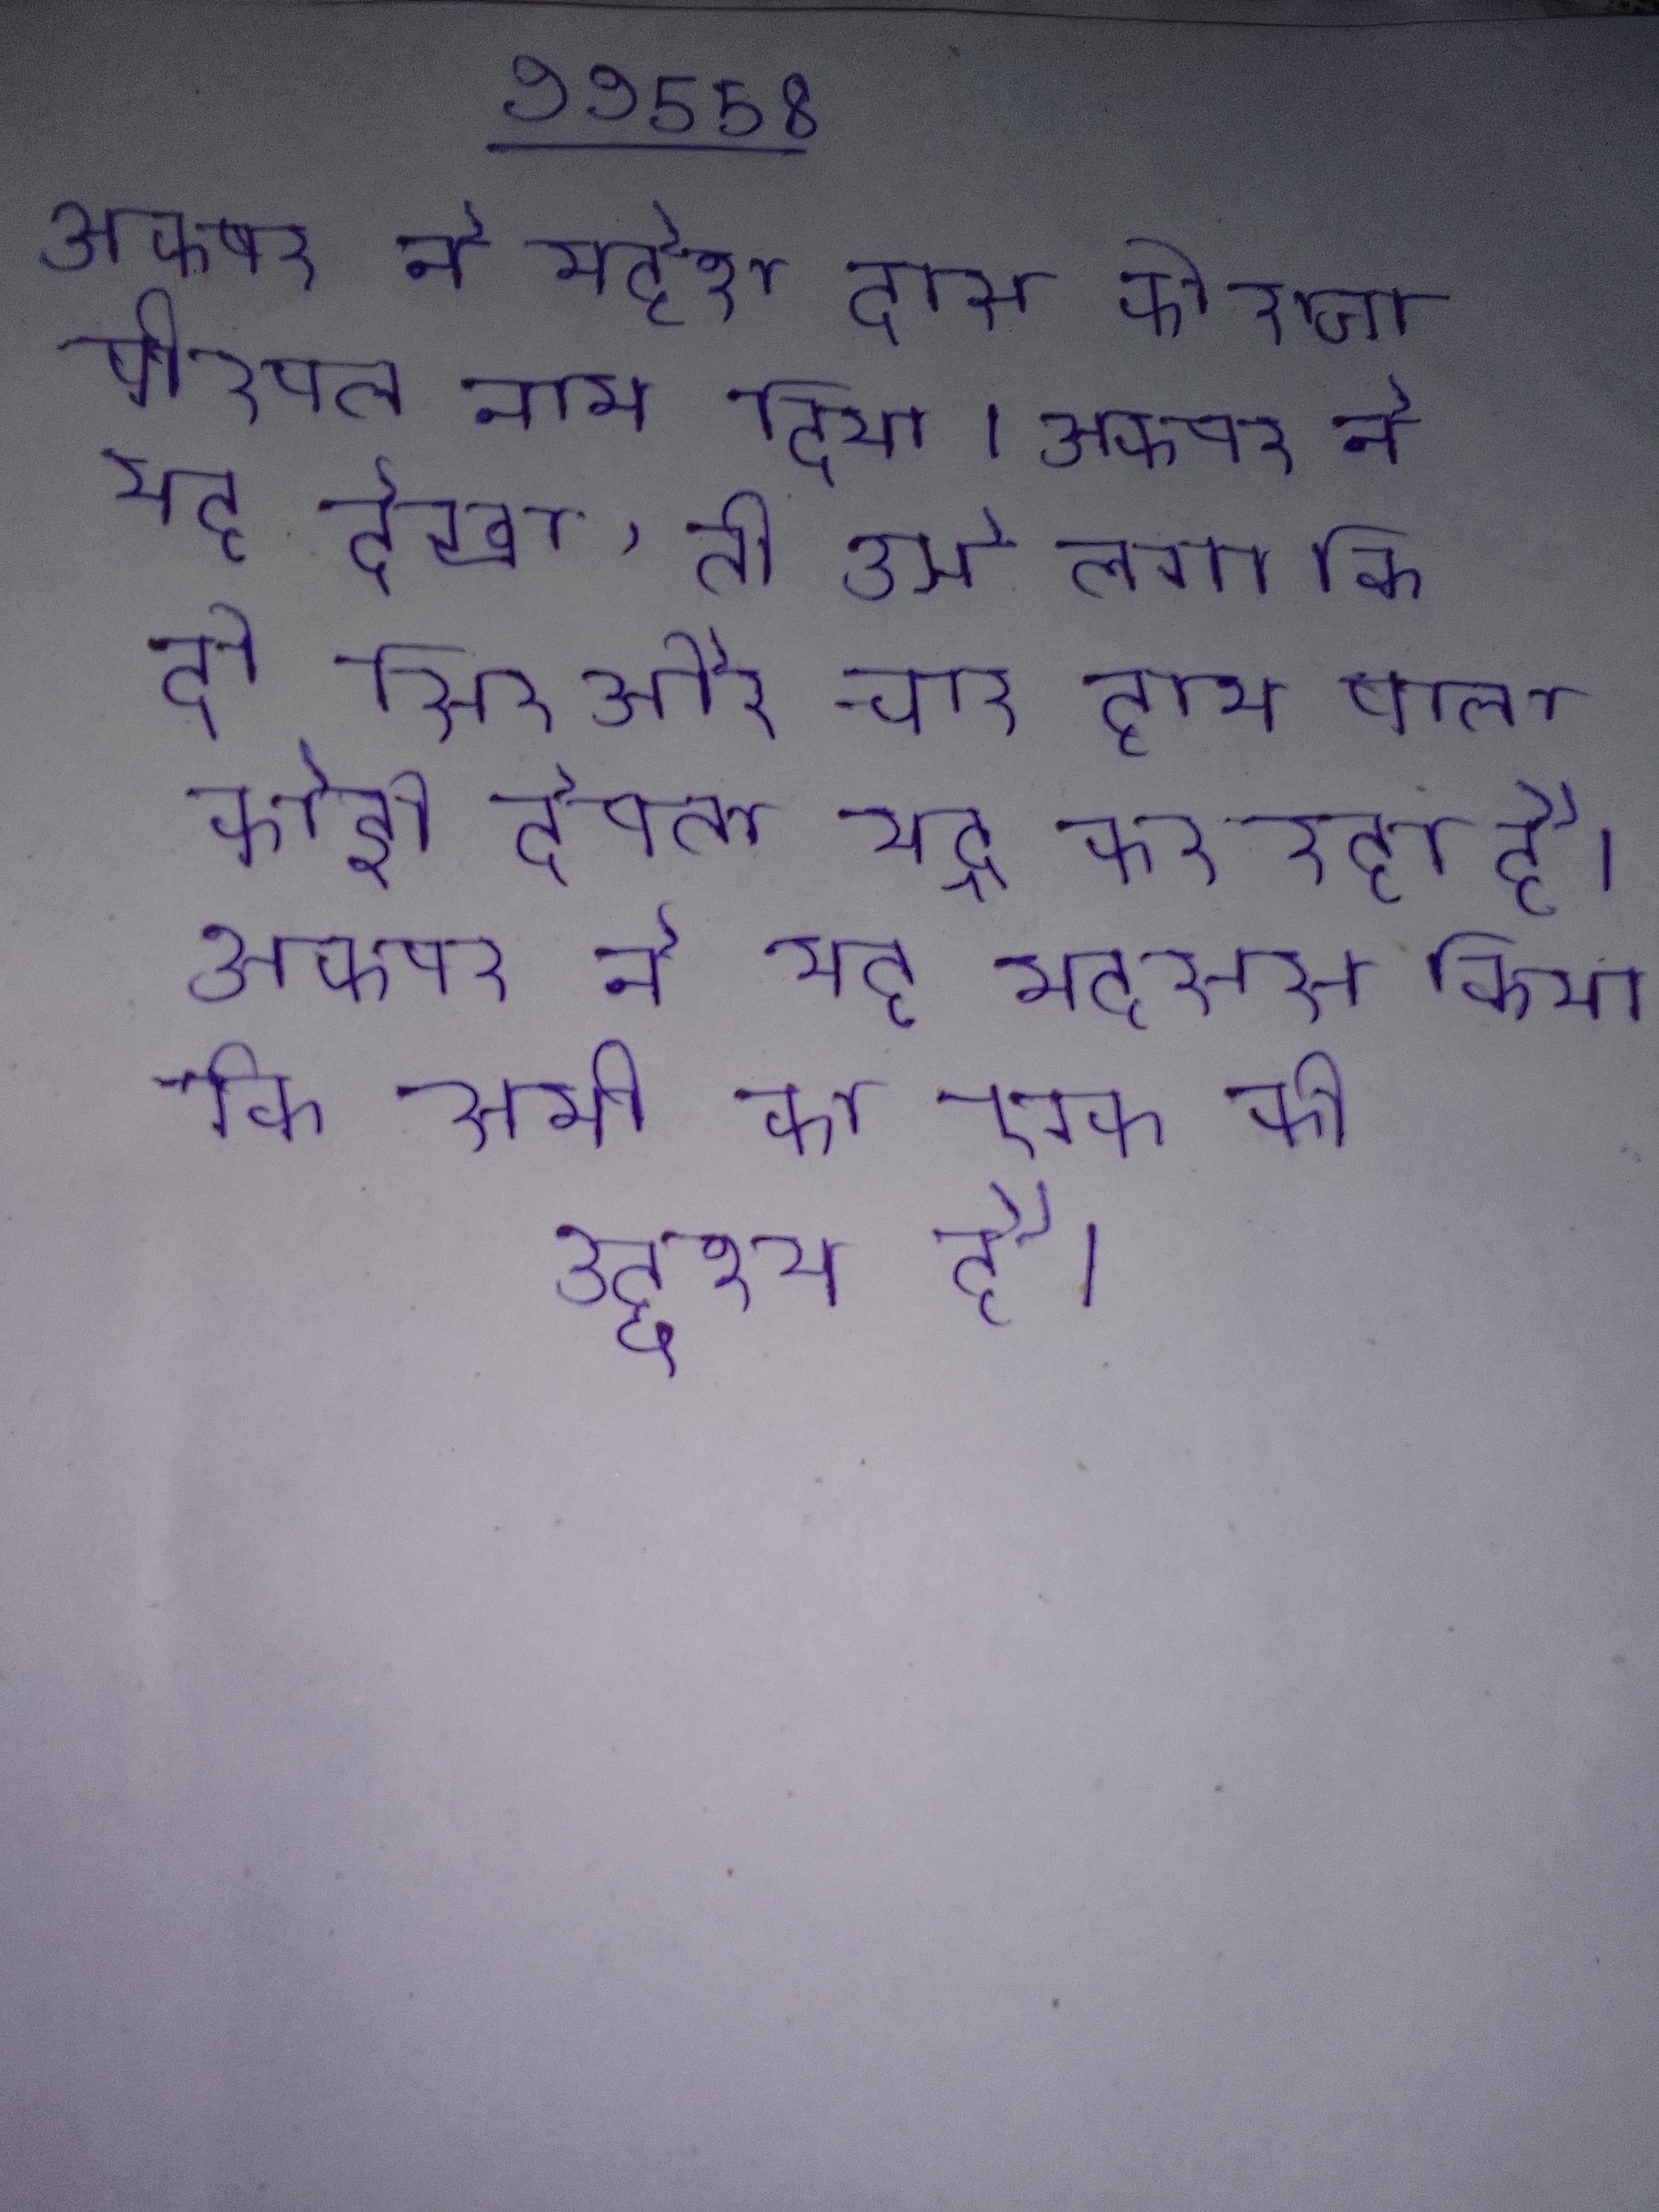
अकबर ने महेश दास को राजा बीरबल नाम दिया । अकबर ने यह देखा, तो उसे लगा कि दो सिर और चार हाथ वाला कोई देवता युद्ध कर रहा है । अकबर ने यह महसूस किया कि सभी का एक ही उद्देश्य है ।